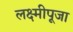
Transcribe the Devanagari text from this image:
लक्ष्मीपूजा